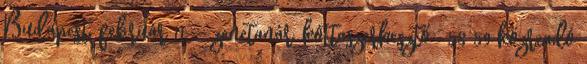
Budapest, február 11. - zenetanár, kottaszerkesztő- 58 59 közreadó